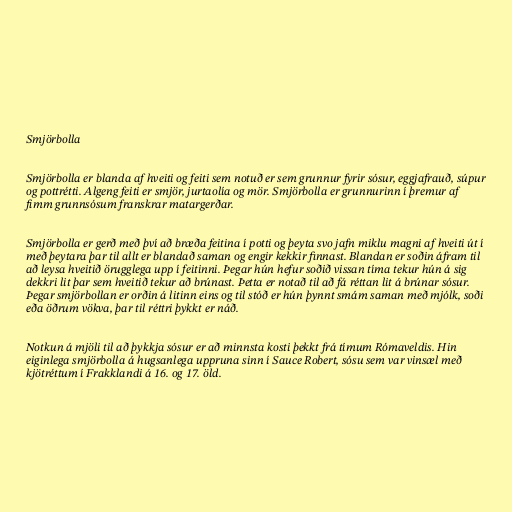
Smjörbolla

Smjörbolla er blanda af hveiti og feiti sem notuð er sem grunnur fyrir sósur, eggjafrauð, súpur
og pottrétti. Algeng feiti er smjör, jurtaolía og mör. Smjörbolla er grunnurinn í þremur af
fimm grunnsósum franskrar matargerðar.

Smjörbolla er gerð með því að bræða feitina í potti og þeyta svo jafn miklu magni af hveiti út í
með þeytara þar til allt er blandað saman og engir kekkir finnast. Blandan er soðin áfram til
að leysa hveitið örugglega upp í feitinni. Þegar hún hefur soðið vissan tíma tekur hún á sig
dekkri lit þar sem hveitið tekur að brúnast. Þetta er notað til að fá réttan lit á brúnar sósur.
Þegar smjörbollan er orðin á litinn eins og til stóð er hún þynnt smám saman með mjólk, soði
eða öðrum vökva, þar til réttri þykkt er náð.

Notkun á mjöli til að þykkja sósur er að minnsta kosti þekkt frá tímum Rómaveldis. Hin
eiginlega smjörbolla á hugsanlega uppruna sinn í Sauce Robert, sósu sem var vinsæl með
kjötréttum í Frakklandi á 16. og 17. öld.